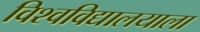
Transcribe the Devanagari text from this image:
विश्वविद्यालयाला